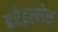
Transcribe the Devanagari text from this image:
बरेइल्लेस